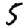
Digit: 5